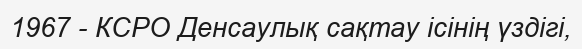
1967 - КСРО Денсаулық сақтау ісінің үздігі,